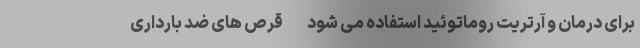
برای درمان و آرتریت روماتوئید استفاده می شود - قرص های ضد بارداری